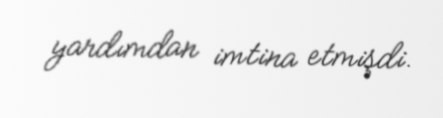
yardımdan imtina etmişdi.